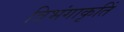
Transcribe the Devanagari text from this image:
त्रिभंगाकृतिं